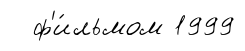
ф'и́льмом 1999